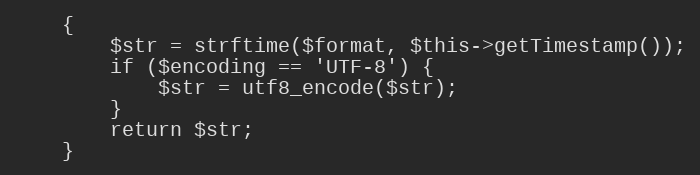
Language: PHP
	{
		$str = strftime($format, $this->getTimestamp());
		if ($encoding == 'UTF-8') {
			$str = utf8_encode($str);
		}
		return $str;
	}